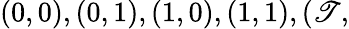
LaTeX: (0,0),(0,1),(1,0),(1,1),(\mathscr{T},